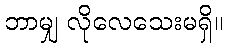
ဘာမျှ လိုလေသေးမရှိ။